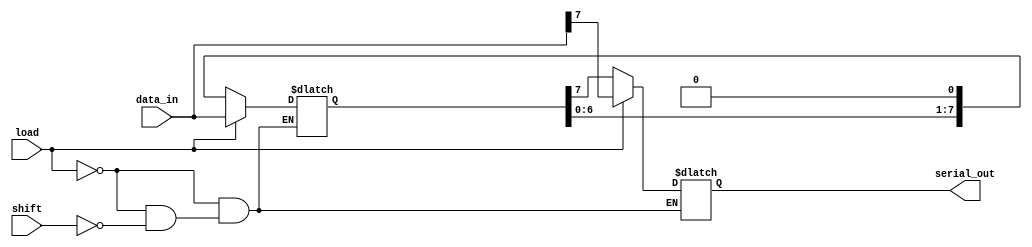
module PISO_Register #(
    parameter N = 8  // Width of the register
)(
    input wire [N-1:0] data_in,  // Parallel data input
    input wire load,              // Asynchronous load signal
    input wire shift,             // Asynchronous shift signal
    output reg serial_out         // Serial output
);

    reg [N-1:0] shift_reg;        // Internal shift register

    always @(*) begin
        // Load operation
        if (load) begin
            shift_reg = data_in;   // Load data_in into shift_reg
            serial_out = shift_reg[N-1]; // Output the MSB
        end
        // Shift operation
        else if (shift) begin
            serial_out = shift_reg[N-1]; // Output the MSB
            shift_reg = {shift_reg[N-2:0], 1'b0}; // Shift left
        end
    end

endmodule